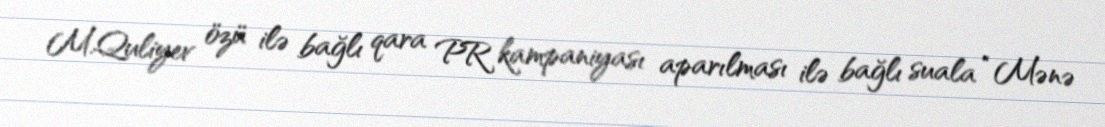
M.Quliyev özü ilə bağlı qara PR kampaniyası aparılması ilə bağlı suala “Mənə